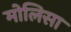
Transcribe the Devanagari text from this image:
मोलिसा